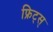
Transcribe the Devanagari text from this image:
फ्रिट्स्